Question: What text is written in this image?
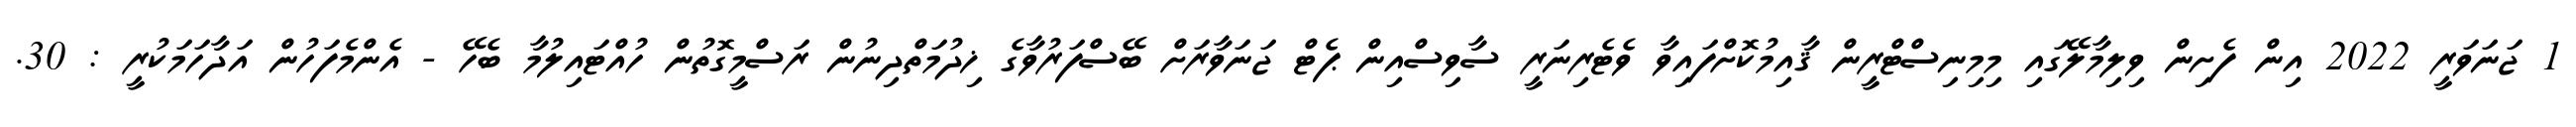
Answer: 1 ޖަނަވަރީ 2022 އިން ފެށިން ވިލިމާލޭގައި މިމިނިސްޓްރީން ޤާއިމުކޮށްފައިވާ ވެޓެރިނަރީ ސާވިސްއިން ޕެޓް ޖަނަވާރަށް ބޭސްފަރުވާގެ ޚިދުމަތްދިނުން ރަސްމީގޮތުން ހުއްޓައިލުމާ ބެހޭ - އެންމެފަހުން އަދާހަމަކުރީ : 30.